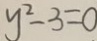
y ^ { 2 } - 3 = 0